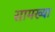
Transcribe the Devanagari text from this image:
सामख्या